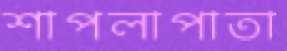
শাপলাপাতা